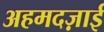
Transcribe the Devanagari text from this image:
अहमदज़ाई